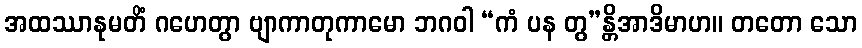
အထဿာနုမတိံ ဂဟေတွာ ဗျာကာတုကာမော ဘဂဝါ “ကံ ပန တွ”န္တိအာဒိမာဟ။ တတော သော